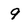
Character: 9